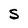
Character: S